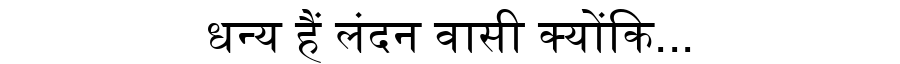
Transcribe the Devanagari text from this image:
धन्य हैं लंदन वासी क्योंकि...